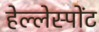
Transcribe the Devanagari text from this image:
हेल्लेस्पोंट